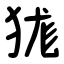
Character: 狵